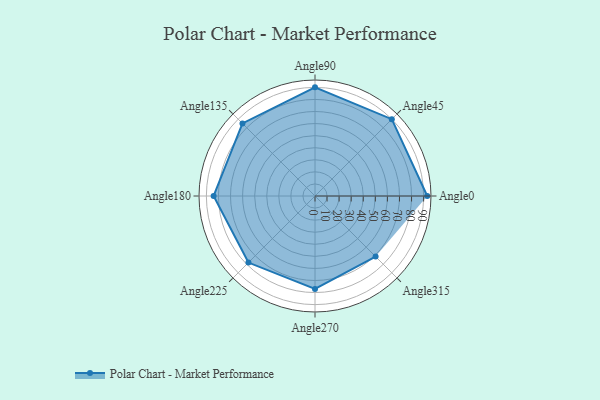
{"axis": {"x": "Angle", "y": "Radius"}, "legend": [""], "data": [{"x": "Angle0", "y": 93.0, "type": ""}, {"x": "Angle45", "y": 90.0, "type": ""}, {"x": "Angle90", "y": 90.0, "type": ""}, {"x": "Angle135", "y": 85.0, "type": ""}, {"x": "Angle180", "y": 84.0, "type": ""}, {"x": "Angle225", "y": 78.0, "type": ""}, {"x": "Angle270", "y": 77.0, "type": ""}, {"x": "Angle315", "y": 71.0, "type": ""}]}